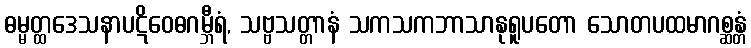
ဓမ္မတ္ထဒေသနာပဋိဝေဓဂမ္ဘီရံ, သဗ္ဗသတ္တာနံ သကသကဘာသာနုရူပတော သောတပထမာဂစ္ဆန္တံ